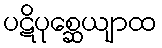
ပဋိပုစ္ဆေယျာထ